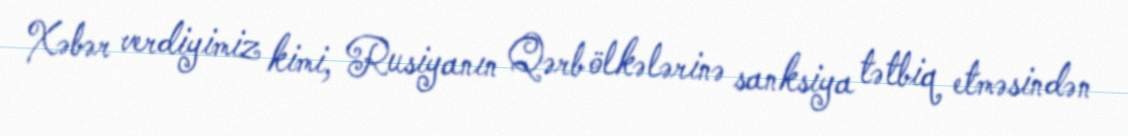
Xəbər verdiyimiz kimi, Rusiyanın Qərb ölkələrinə sanksiya tətbiq etməsindən